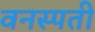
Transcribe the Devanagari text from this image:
वनस्‍पती